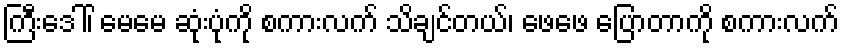
ကြီးဒေါ်၊ မေမေ ဆုံးပုံကို စကားလက် သိချင်တယ်၊ ဖေဖေ ပြောတာကို စကားလက်